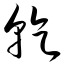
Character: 乾